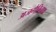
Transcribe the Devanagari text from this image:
अजगैबिनाथ